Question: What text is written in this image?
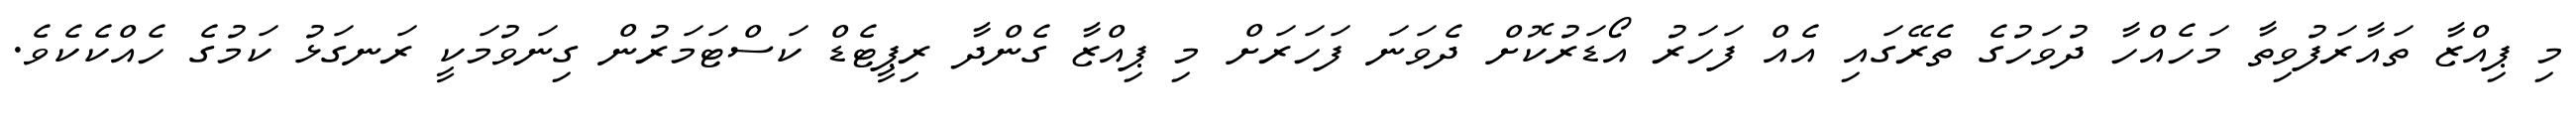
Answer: މި ޕިއްޒާ ތައާރަފުވިތާ މަހެއްހާ ދުވަހުގެ ތެރޭގައި އެއް ފަހަރު އޯޑަރުކޮށް ދެވަނަ ފަހަރަށް މި ޕިއްޒާ ގެންދާ ރިޕީޓެޑް ކަސްޓަމަރުން ގިނަވުމަކީ ރަނގަޅު ކަމުގެ ހެއްކެކެވެ.